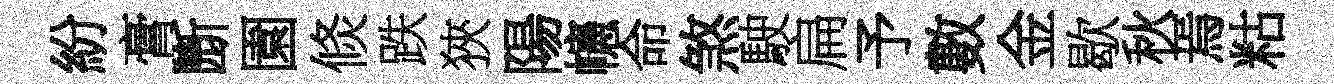
紛膏㫁園倐跌狹陽幰命煞駛扁予數金歇秋焉䊀